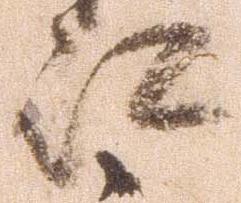
江